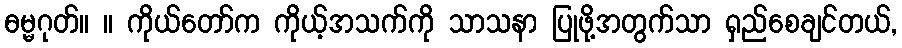
ဓမ္မဂုတ်။ ။ ကိုယ်တော်က ကိုယ့်အသက်ကို သာသနာ ပြုဖို့အတွက်သာ ရှည်စေချင်တယ်,